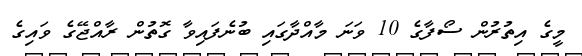
މީގެ އިތުރުން ސޯފާގެ 10 ވަނަ މާއްދާގައި ބުނެފައިވާ ގޮތުން ރާއްޖޭގެ ވައިގެ